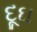
દૂઘ